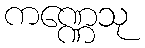
ကဏ္ဏေသု